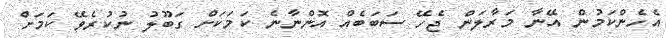
އެހެންކަމުން އޭނާ މަރާލަން ޖެހޭ ސަބަބެއް އޮންނާނެ ކަމަކަށް ގަބޫލު ނުކުރެވޭ ކަމަށް